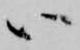
ハ